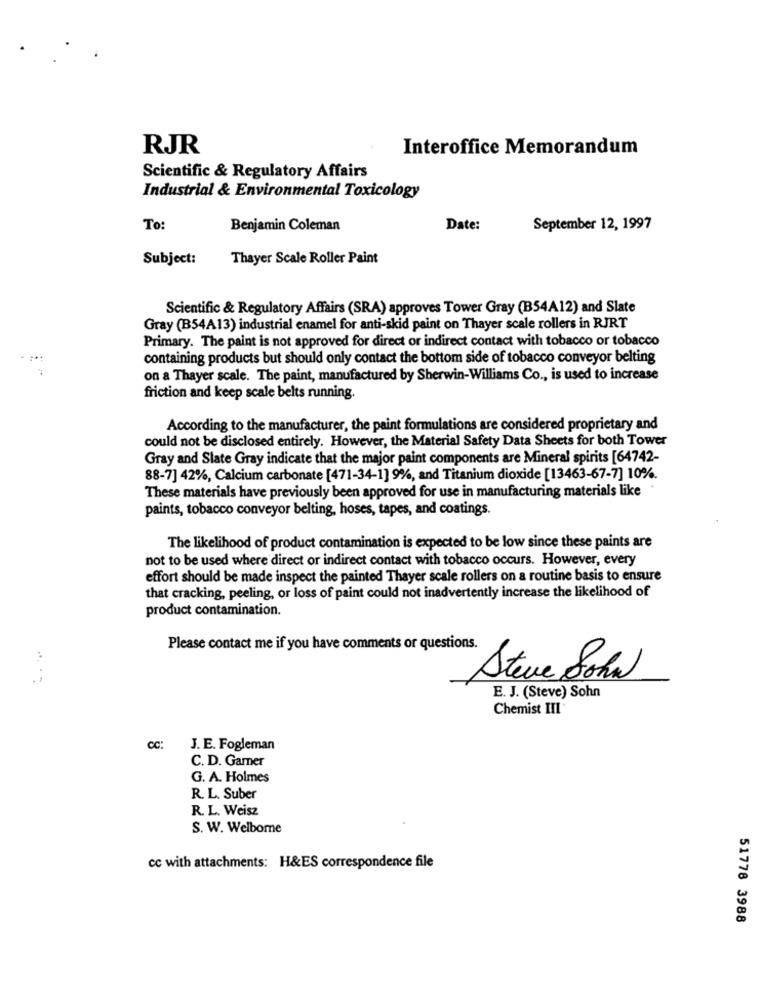
RJR
Interoffice Memorandum
Scientific & Regulatory Affairs
Industrial & Environmental Toxicology
To
Benjamin Coleman
Date:
September 12, 1997
Subject:
Thayer Scale Roller Paint
Scientific & Regulatory Affairs (SRA) approves Tower Gray (B54A12) and Slate
Gray (B54A13) industrial enamel for anti-skid paint on Thayer scale rollers in RJRT
Primary. The paint is not approved for direct or indirect contact with tobacco or tobacco
containing products but should only contact the bottom side of tobacco conveyor belting
on a Thayer scale. The paint, manufactured by Sherwin-Williams Co ., is used to increase
friction and keep scale belts running.
According to the manufacturer, the paint formulations are considered proprietary and
could not be disclosed entirely. However, the Material Safety Data Sheets for both Tower
Gray and Slate Gray indicate that the major paint components are Mineral spirits [64742-
88-7] 42%, Calcium carbonate [471-34-1] 9%, and Titanium dioxide [13463-67-7] 10%.
These materials have previously been approved for use in manufacturing materials like
paints, tobacco conveyor belting, hoses, tapes, and coatings.
The likelihood of product contamination is expected to be low since these paints are
not to be used where direct or indirect contact with tobacco occurs. However, every
effort should be made inspect the painted Thayer scale rollers on a routine basis to ensure
that cracking, peeling, or loss of paint could not inadvertently increase the likelihood of
product contamination.
Please contact me if you have comments or questions.
....
Steve Soha
E. J. (Steve) Sohn
Chemist III
CC:
J. E. Fogleman
C. D. Gamer
G. A. Holmes
R. L. Suber
R. L. Weisz
S. W. Welborne
cc with attachments: H&ES correspondence file
51778 3988